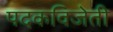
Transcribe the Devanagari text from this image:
पदकविजेती